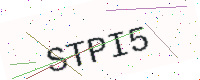
Text: STPI5